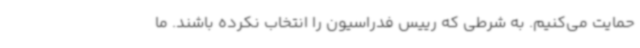
حمایت می‌کنیم. به شرطی که رییس فدراسیون را انتخاب نکرده باشند. ما